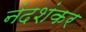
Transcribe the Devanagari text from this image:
नंदशंकर